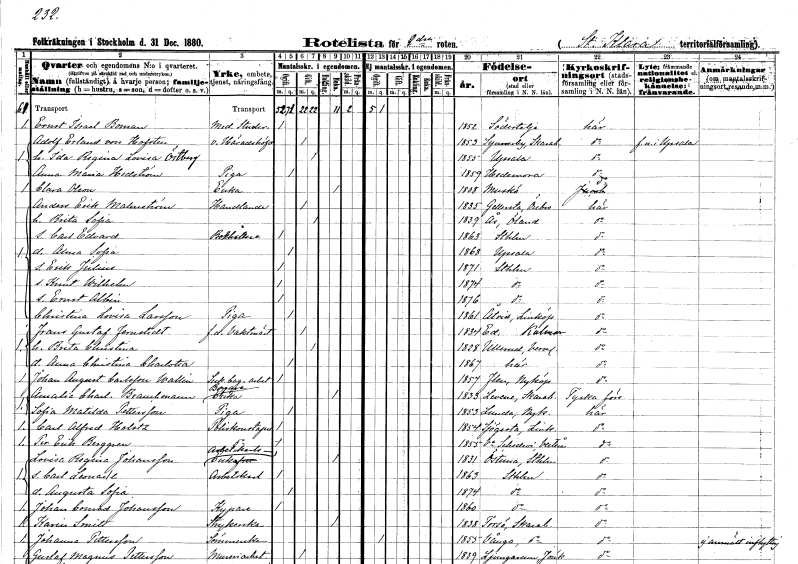
gt_parse: households: individuals: FN: Ernst Israel
EN: Boman
YRKE: Medicine studerande
KON: M
CIV: O
FODAR: 1852
FODFORS: Södertälje Stockholms län
FN: Adolf Erland
EN: von Hofsten
YRKE: Häradshövding vice
KON: M
CIV: G
FODAR: 1853
FODFORS: Synnerby Skaraborgs län
FN: Ida Regina Lovisa
EN: Östberg
KON: K
CIV: G
FODAR: 1855
FODFORS: Uppsala Uppsala län
FN: Anna Maria
EN: Hedström
YRKE: Piga
KON: K
CIV: O
FODAR: 1859
FODFORS: Hedemora Kopparbergs län
FN: Clara
EN: Olsson
YRKE: Änka
KON: K
CIV: E
FODAR: 1808
FODFORS: Muskö Stockholms län
FN: Anders Erik
EN: Malmström
YRKE: Handlande
KON: M
CIV: G
FODAR: 1835
FODFORS: Gällersta Örebro län
FN: Brita Sofia
KON: K
CIV: G
FODAR: 1839
FODFORS: Ås Kalmar län
FN: Carl Edvard
YRKE: Bokhållare
KON: M
CIV: O
FODAR: 1863
FODFORS: Stockholm
FN: Alma Sofia
KON: K
CIV: O
FODAR: 1868
FODFORS: Uppsala Uppsala län
FN: Erik Julius
KON: M
CIV: O
FODAR: 1871
FODFORS: Stockholm
FN: Knut Wilhelm
KON: M
CIV: O
FODAR: 1874
FODFORS: Stockholm
FN: Ernst Albin
KON: M
CIV: O
FODAR: 1876
FODFORS: Stockholm
FN: Christina Lovisa
EN: Larsson
YRKE: Piga
KON: K
CIV: O
FODAR: 1861
FODFORS: Åtvid Östergötlands län
FN: Frans Gustaf
EN: Jernstedt
YRKE: Vaktmästare f.d.
KON: M
CIV: G
FODAR: 1834
FODFORS: Västra Ed Kalmar län
FN: Brita Christina
KON: K
CIV: G
FODAR: 1828
FODFORS: Ullerud Värmlands län
FN: Anna Christina Charlotta
KON: K
CIV: O
FODAR: 1867
FODFORS: Klara Stockholms stad
FN: Johan August
EN: Carlsson Wallin
YRKE: Sockerbageriarbetare
KON: M
CIV: O
FODAR: 1857
FODFORS: Flen Södermanlands län
FN: Amalia Charlotta
EN: Brauchmann
YRKE: Bagareänka
KON: K
CIV: E
FODAR: 1833
FODFORS: Levene Skaraborgs län
FN: Sofia Matilda
EN: Pettersson
YRKE: Piga
KON: K
CIV: O
FODAR: 1853
FODFORS: Lunda Södermanlands län
FN: Carl Alfred
EN: Holstz
YRKE: Poliskonstapel
KON: M
CIV: O
FODAR: 1854
FODFORS: Sjögestad Östergötlands län
FN: Per Erik
EN: Berggren
YRKE: Poliskonstapel
KON: M
CIV: O
FODAR: 1855
FODFORS: Västra Skedvi Västmanlands län
FN: Lovisa Regina
EN: Johansson
YRKE: Arbetskarlsänka
KON: K
CIV: E
FODAR: 1831
FODFORS: Östuna Uppsala län
FN: Carl Leonard
KON: M
CIV: O
FODAR: 1863
FODFORS: Stockholm
FN: Augusta Sofia
KON: K
CIV: O
FODAR: 1874
FODFORS: Stockholm
FN: Johan Conrad
EN: Johansson
YRKE: Kypare
KON: M
CIV: O
FODAR: 1860
FODFORS: Stockholm